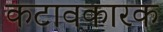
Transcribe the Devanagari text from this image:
कटावकारक